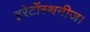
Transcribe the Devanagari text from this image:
इरेटॉस्थनीज।